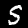
Digit: 5